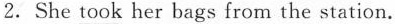
2.She\underline{took} her bags from the station.